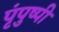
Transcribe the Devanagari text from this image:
पृंपुष्पी